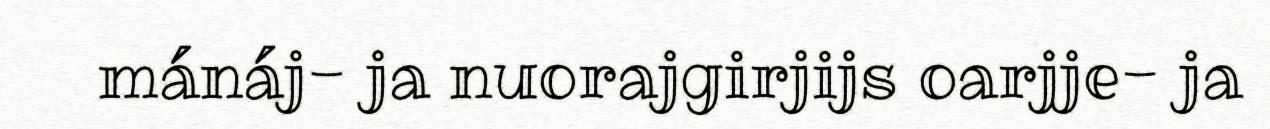
mánáj- ja nuorajgirjijs oarjje- ja